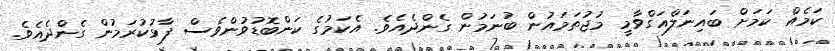
ކަމެއް ކަމަށް ބައިނަލްއަގްވާމީ މުޖުތަމައުން ބުނަމުން ގެންދެއެވެ. އެކަމުގެ ކަންބޮޑުވުންވެސް ފާޅުކުރަމުން ގެންދެއެވެ.